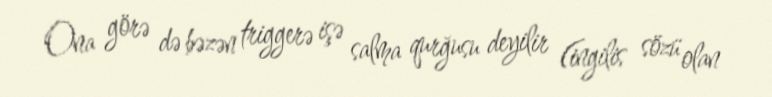
Ona görə də bəzən triggerə işə salma qurğusu deyilir (ingilis sözü olan